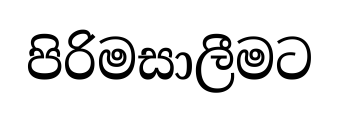
පිරිමසාලීමට